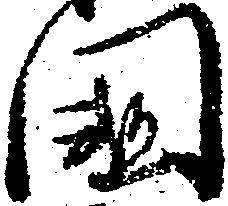
国